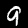
Label: 9